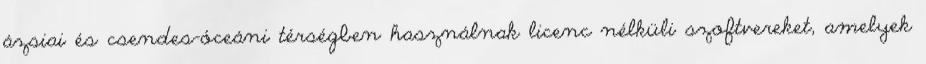
ázsiai és csendes-óceáni térségben használnak licenc nélküli szoftvereket, amelyek